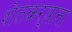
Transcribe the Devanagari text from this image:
शेतकऱ्याना